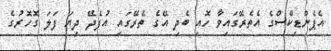
އެޕެންޑިކްސްގެ އެތެރޭގައިވާ ހޮއި ބެދި އޭގެ ތެރޭގައި އުފެދޭ ދިޔަ ފަލަ ގޮހޮރުގެ